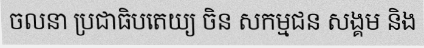
ចលនា ប្រជាធិបតេយ្យ ចិន សកម្មជន សង្គម និង